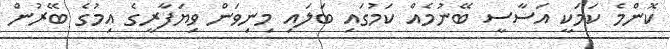
ކޮންމެ ކަމަކީ އަސާސީ ބޭނުމެއް ކަމުގައި ބަލައި މިނިވަން ވިޔަފާރީގެ އިމުގެ ބޭރުން